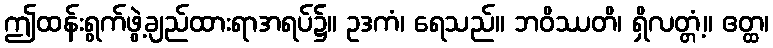
ဤထန်းရွက်ဖွဲ့ချည်ထားရာအရပ်၌။ ဥဒကံ၊ ရေသည်။ ဘဝိဿတိ၊ ရှိလတ္တံ့။ ဧတ္ထ၊